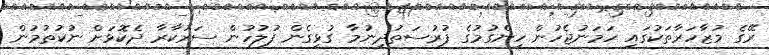
ރޭގެ މުޒާހަރާތަކުގައި ހަމަނުޖެހުން ހިންގުމުގެ ފުރުސަތުދިނުމާ ގުޅިގެން ފުލުހުން ސަރުކާރާ ދެކޮޅަށް ނުކުތުމުން